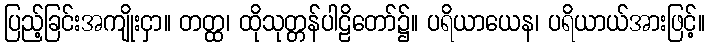
ပြည့်ခြင်းအကျိုးငှာ။ တတ္ထ၊ ထိုသုတ္တန်ပါဠိတော်၌။ ပရိယာယေန၊ ပရိယာယ်အားဖြင့်။